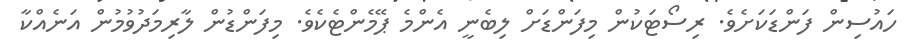
ހައުސިން ފަންޑަކަށެވެ. ރިސޯޓަކުން މިފަންޑަށް ލިބެނީ އެންމެ ޕޭމެންޓެކެވެ. މިފަންޑުން ލާރިމަދުވުމުން އަނެއްކާ